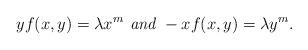
LaTeX: \begin{align*}yf(x,y)=\lambda x^m \textit{ and }-xf(x,y)=\lambda y^m.\end{align*}